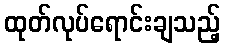
ထုတ်လုပ်ရောင်းချသည့်